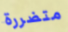
متضررة